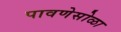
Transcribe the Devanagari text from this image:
पावणेसोळा